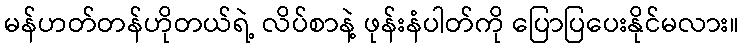
မန်ဟတ်တန်ဟိုတယ်ရဲ့ လိပ်စာနဲ့ ဖုန်းနံပါတ်ကို ပြောပြပေးနိုင်မလား။